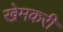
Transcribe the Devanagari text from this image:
खेमकरी